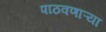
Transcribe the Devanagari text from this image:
पाठवणाऱ्या